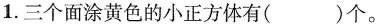
1.三个面涂黄色的小正方体有( )个。